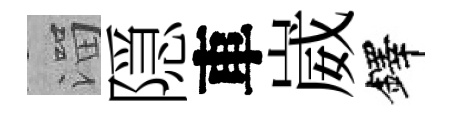
溜隠車崴鐸